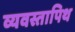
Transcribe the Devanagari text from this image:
व्यवस्तापिथ